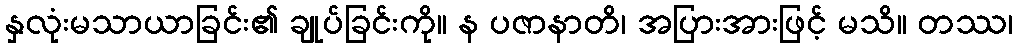
နှလုံးမသာယာခြင်း၏ ချုပ်ခြင်းကို။ န ပဇာနာတိ၊ အပြားအားဖြင့် မသိ။ တဿ၊